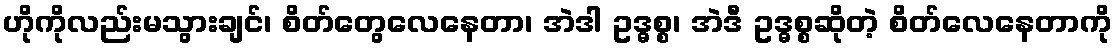
ဟိုကိုလည်းမသွားချင်၊ စိတ်တွေလေနေတာ၊ အဲဒါ ဥဒ္ဓစ္စ၊ အဲဒီ ဥဒ္ဓစ္စဆိုတဲ့ စိတ်လေနေတာကို